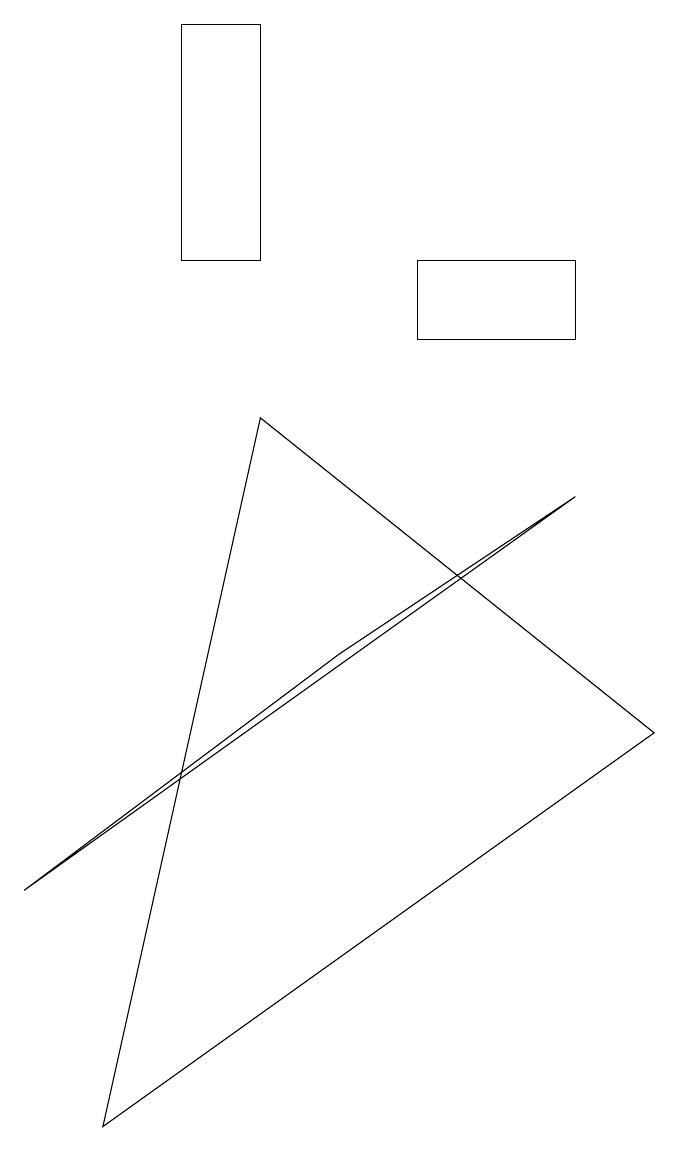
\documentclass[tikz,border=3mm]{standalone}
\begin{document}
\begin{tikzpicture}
\draw (8,11) rectangle (6,10);
\draw (1,3) -- (8,8) -- (5,6) -- cycle;
\draw (3,11) rectangle (4,14);
\draw (9,5) -- (4,9) -- (2,0) -- cycle;
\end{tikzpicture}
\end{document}